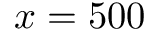
x = 5 0 0